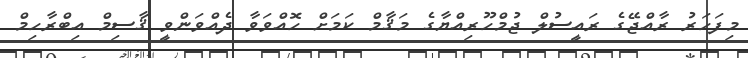
މިފަހަރު ރާއްޖޭގެ ރައީސުލް ޖުމްހޫރިއްޔާގެ މަޤާމް ކަމަށް ހޮއްވަވާ ދެއްވަންވީ ޤާސިމް އިބްރާހިމް